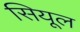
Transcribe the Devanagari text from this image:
सियूल